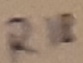
Text: R18